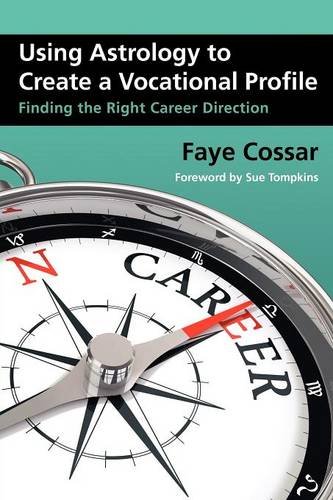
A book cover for Using Astrology to Create a Vocational Profile; Faye Cossar; Reference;